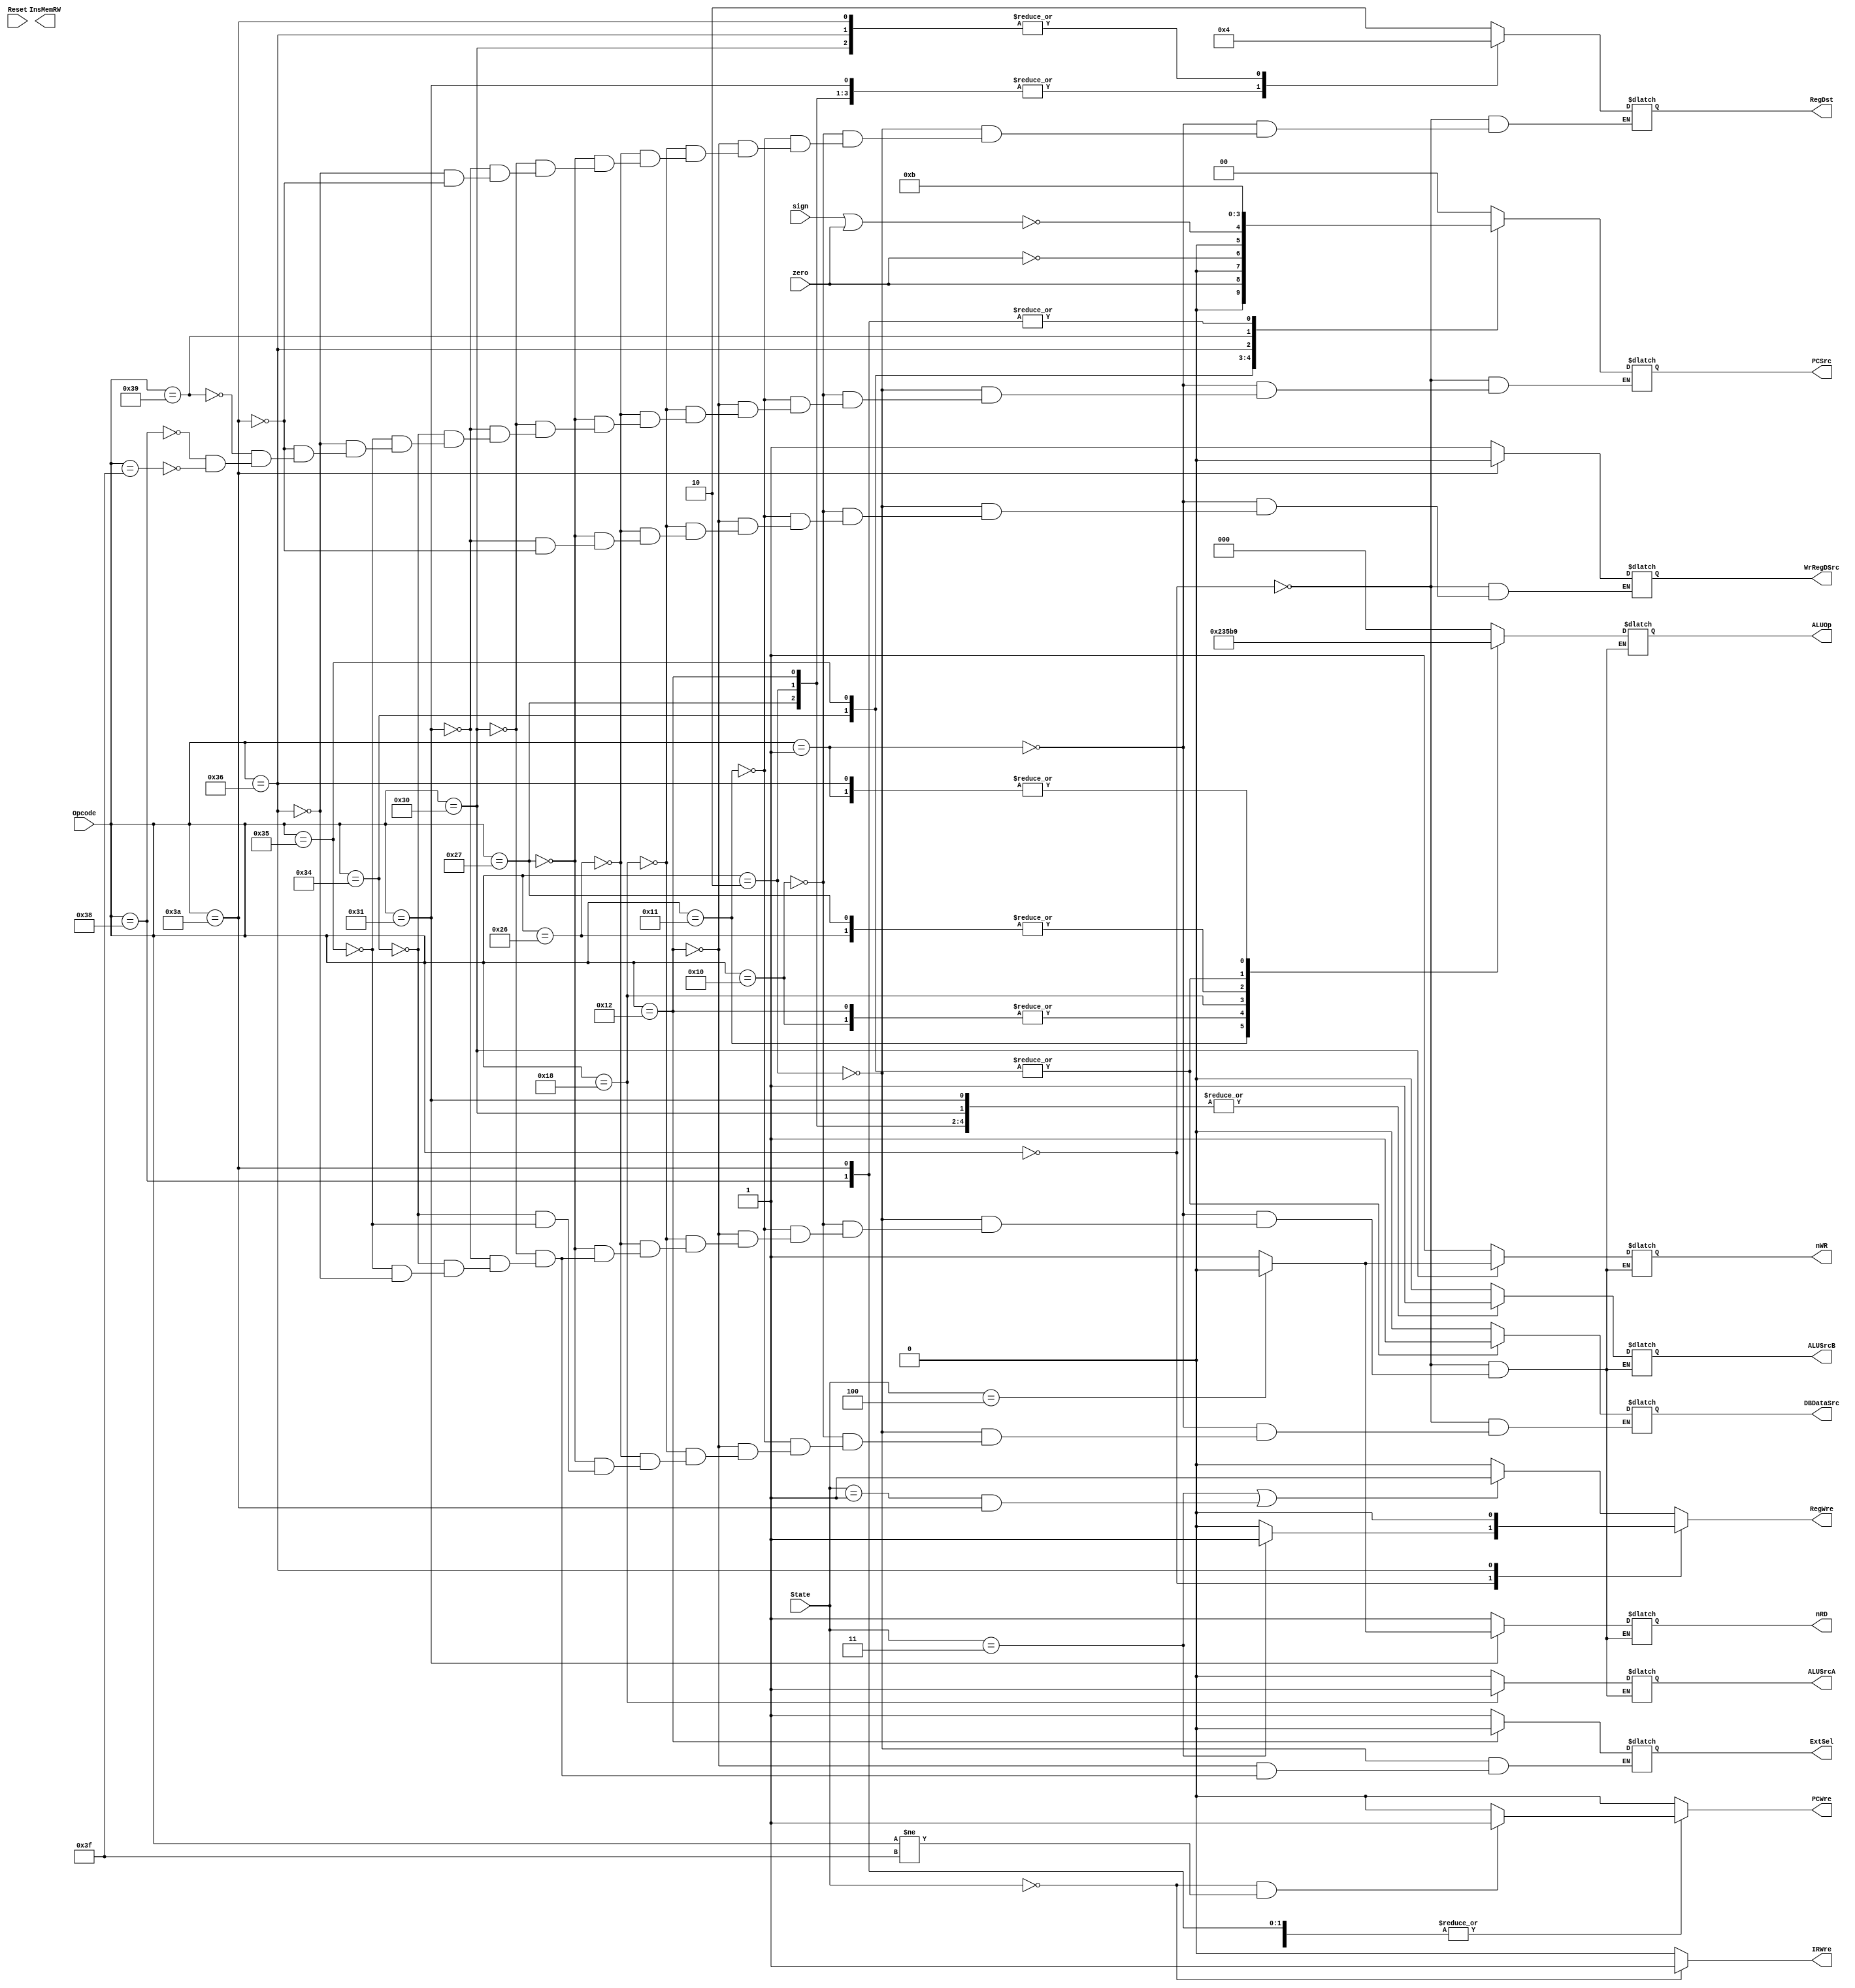
module Get_output(
    input [5:0] Opcode,
    input [2:0] State,
    input zero,
    input sign,
    input Reset,// 
    output reg ALUSrcA,
    output reg ALUSrcB,
    output reg DBDataSrc,
    output reg PCWre,
    output reg IRWre,
    output reg RegWre,
    output reg InsMemRW,
    output reg nRD, 
    output reg nWR, 
    output reg [1:0] RegDst,
    output reg WrRegDSrc,
    output reg ExtSel,// 
    output reg [1:0] PCSrc, // 
    output reg [2:0] ALUOp // 
);
    
    parameter [2:0] sIF = 3'b000, // 
                     sID = 3'b001, // 
                     sEXE = 3'b010, //
                     sMEM = 3'b100, // 
                     sWB = 3'b011; // 
    parameter [5:0] addi = 6'b000010,
                     ori = 6'b010010,
                     sll = 6'b011000,
                     add = 6'b000000,
                     sub = 6'b000001,
                     slt = 6'b100110,
                     slti = 6'b100111,
                     sw = 6'b110000,
                     lw = 6'b110001,
                     beq = 6'b110100,
                     bne = 6'b110101,
                     bgtz = 6'b110110,
                     j = 6'b111000,
                     jr = 6'b111001,
                     Or = 6'b010000,
                     And = 6'b010001,
                     jal = 6'b111010,
                     halt = 6'b111111;

    always@(*)
    begin
        if (State == sIF) begin
            IRWre <= 1;
        end
        else begin 
            IRWre <= 0;
        end
        if (State == sIF && Opcode != halt)
            PCWre <= 1;
        else 
            PCWre <= 0;

        if (State == sWB || (State == sID && Opcode == jal)) 
            RegWre <= 1;
        else 
            RegWre <= 0;

        case(Opcode)
            6'b000000: begin // add
                RegDst <= 2'b10;
                if (State == 3'b011)
                    RegWre <= 1;
                else
                    RegWre <= 0;
                ALUSrcA <= 0;
                ALUSrcB <= 0;
                ALUOp <= 3'b000;
                DBDataSrc <= 0;
                WrRegDSrc <= 1;
                PCSrc <= 0;
                nRD <= 1;
                nWR <= 1;
            end
            6'b000001: begin // sub
                RegDst <= 2'b10;
                // if (State == 3'b011)
                //     RegWre <= 1;
                // else
                //     RegWre <= 0;
                ALUSrcA <= 0;
                ALUSrcB <= 0;
                ALUOp <= 3'b001;
                DBDataSrc <= 0;
                WrRegDSrc <= 1;
                PCSrc <= 0;
                nRD <= 1;
                nWR <= 1;
            end
            6'b000010: begin // addi
                RegDst <= 2'b01;
                // if (State == 3'b011)
                //     RegWre <= 1;
                // else
                //     RegWre <= 0;
                ALUSrcA <= 0;
                ALUSrcB <= 1;
                ALUOp <= 3'b000;
                DBDataSrc <= 0;
                WrRegDSrc <= 1;
                ExtSel <= 1; // 符号拓展
                nRD <= 1;
                nWR <= 1;
                PCSrc <= 0;
            end
            6'b010000: begin  // or
                RegDst <= 2'b10;
                // if (State == 3'b011)
                //     RegWre <= 1;
                // else
                //     RegWre <= 0;
                ALUSrcA <= 0;
                ALUSrcB <= 0;
                ALUOp <= 3'b011;
                DBDataSrc <= 0;
                WrRegDSrc <= 1;
                nRD <= 1;
                nWR <= 1;
                PCSrc <= 0;
            end
            6'b010001: begin // and
                RegDst <= 2'b10;
                // if (State == 3'b011)
                //     RegWre <= 1;
                // else 
                //     RegWre <= 0;
                ALUSrcA <= 0;
                ALUSrcB <= 0;
                ALUOp <= 3'b100;
                DBDataSrc <= 0;
                WrRegDSrc <= 1;
                nRD <= 1;
                nWR <= 1;
                PCSrc <= 0;
            end
            ori: begin // ori
                RegDst <= 2'b01;
                // if (State == 3'b011)
                //     RegWre <= 1;
                // else 
                //     RegWre <= 0;
                ALUSrcA <= 0;
                ALUSrcB <= 1;
                ALUOp <= 3'b011;
                DBDataSrc <= 0;
                WrRegDSrc <= 1;
                ExtSel <= 0; // 0拓展
                nRD <= 1;
                nWR <= 1;
                PCSrc <= 0;
            end

            sll: begin // sll
                RegDst <= 2'b10;
                // if (State == 3'b011)
                //     RegWre <= 1;
                // else 
                //     RegWre <= 0;
                ALUSrcA <= 1;// Sa_number
                ALUSrcB <= 0;
                ALUOp <= 3'b010;
                DBDataSrc <= 0;
                WrRegDSrc <= 1;
                // ExtSel <= ;
                nRD <= 1;
                nWR <= 1;
                PCSrc <= 0;
            end
            slt: begin // slt
                RegDst <= 2'b10;
                ALUSrcA <= 0;
                ALUSrcB <= 0;
                ALUOp <= 3'b110;
                DBDataSrc <= 0;
                WrRegDSrc <= 1;
                nRD <= 1;
                nWR <= 1;
                PCSrc <= 0;
            end
            6'b100111: begin // slti
                RegDst <= 2'b01;
                ALUSrcA <= 0;
                ALUSrcB <= 1;
                ALUOp <= 3'b110;
                DBDataSrc <= 0;
                WrRegDSrc <= 1;
                nRD <= 1;
                nWR <= 1;
                PCSrc <= 0;
            end
            sw: begin // sw rt, imm(rs)
                RegDst <= 0;
                ALUSrcA <= 0;
                ALUSrcB <= 1;
                ALUOp <= 3'b000;
//                DBDataSrc <= 1;
                ExtSel <= 1;
                nRD <= 1;
                if (State == 3'b100)
                    nWR <= 0;
                else
                    nWR <= 1;
                PCSrc <= 2'b00;
            end
            lw: begin // lw rt, imm(rs)
                RegDst <= 2'b01;
                ALUSrcA <= 0;
                ALUSrcB <= 1;
                ALUOp <= 3'b000;
                // DBDataSrc <= 1;
                WrRegDSrc <= 1;
                ExtSel <= 1;
                if (State == 3'b100)
                    nRD <= 0;
                else 
                    nRD <= 1;
                nWR <= 1;
                PCSrc <= 2'b00;
            end
            6'b110100: begin // beq rs, rt, imm
                // RegDst <= 0;
                // RegWre <= 0;
                ALUSrcA <= 0;
                ALUSrcB <= 0;
                ALUOp <= 3'b111;
                DBDataSrc <= 1;// useless
                ExtSel <= 1;
                nRD <= 1;
                nWR <= 1;
                PCSrc <= {0,zero};
            end    
            6'b110101: begin // bne rs, rt, imm
                // RegDst <= 0;
                // RegWre <= 0;
                ALUSrcA <= 0;
                ALUSrcB <= 0;
                ALUOp <= 3'b111;
                DBDataSrc <= 1;// useless
                ExtSel <= 1;
                nRD <= 1;
                nWR <= 1;
                PCSrc <= {0,~zero};
            end
            bgtz: begin // bgtz rs, imm
                RegDst <= 0;
                RegWre <= 0;
                ALUSrcA <= 0;
                ALUSrcB <= 0;
                ALUOp <= 3'b001;
                // DBDataSrc <= 1;// useless
                ExtSel <= 1;
                nRD <= 1;
                nWR <= 1;
                PCSrc <={0,~(sign|zero)};
            end
            jal:begin
                RegDst <= 2'b00;
                WrRegDSrc <= 0;
                PCSrc <= 2'b11;
            end

            jr: begin
                PCSrc <= 2'b10;
            end

            j:begin
                PCSrc <= 2'b11;
            end

            6'b111111: begin
                PCWre <= 0;
                PCSrc <= 0;
            end
            default: PCWre <= 0;
        endcase
    end

endmodule